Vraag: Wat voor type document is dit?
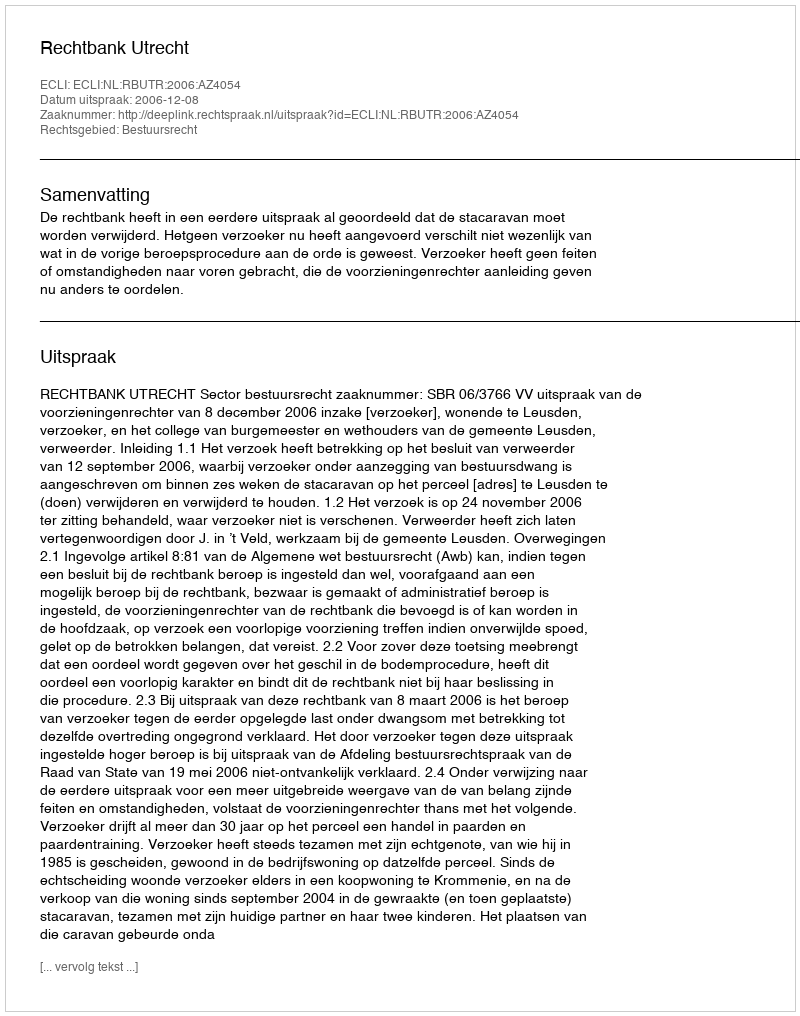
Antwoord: Uitspraak